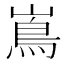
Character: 嶌